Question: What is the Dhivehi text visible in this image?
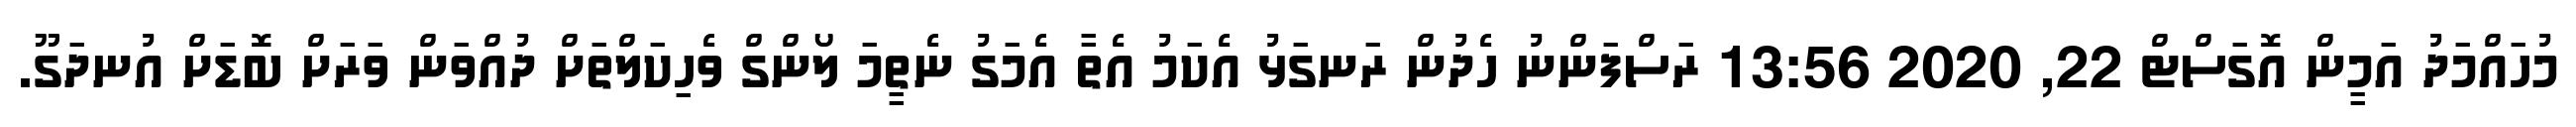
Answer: މުހައްމަދު އަމީން އޮގަސްޓް 22, 2020 13:56 ރަސްފަންނު ހެދުން ރަނގަޅު އެކަމު އެތާ އެމަގު ނެތީމަ ލޯންގް ވެހިކަލްތަށް ދުއްވަން ވަރަށް ބޮޑަށް އުނދަގޫ.